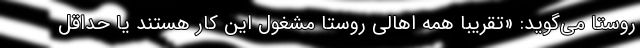
روستا می‌گوید: «تقریبا همه اهالی روستا مشغول این کار هستند یا حداقل